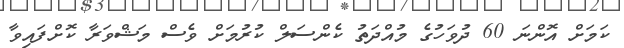
ކަމަށް އޮންނަ 60 ދުވަހުގެ މުއްދަތު ކެންސަލް ކުރުމަށް ވެސް މަޝްވަރާ ކޮށްފައިވާ